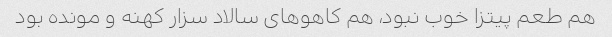
هم طعم پیتزا خوب نبود، هم کاهو‌های سالاد سزار کهنه و مونده بود